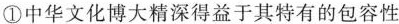
①中华文化博大精深得益于其特有的包容性